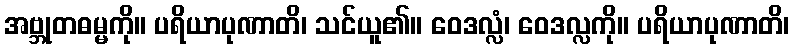
အဗ္ဘုတဓမ္မကို။ ပရိယာပုဏာတိ၊ သင်ယူ၏။ ဝေဒလ္လံ၊ ဝေဒလ္လကို။ ပရိယာပုဏာတိ၊